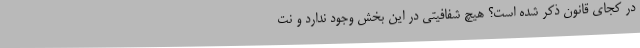
در کجای قانون ذکر شده است؟ هیچ شفافیتی در این بخش وجود ندارد و نت